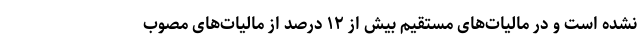
نشده است و در مالیات‌های مستقیم بیش از ۱۲ درصد از مالیات‌های مصوب